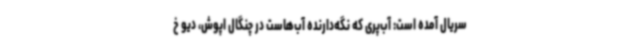
سریال آمده است: آب‌پری که نگه‌دارنده آب‌هاست در چنگال اپوش، دیو خ